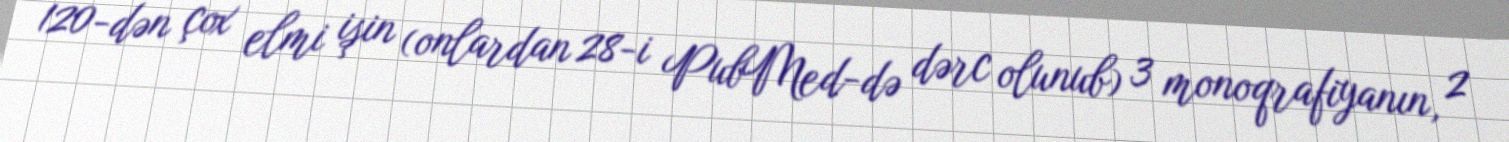
120-dən çox elmi işin (onlardan 28-i PubMed-də dərc olunub) 3 monoqrafiyanın, 2